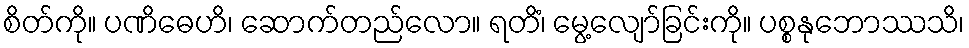
စိတ်ကို။ ပဏိဓေဟိ၊ ဆောက်တည်လော။ ရတိံ၊ မွေ့လျော်ခြင်းကို။ ပစ္စနုဘောဿသိ၊